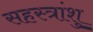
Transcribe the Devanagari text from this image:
सहस्त्रांशु